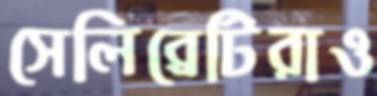
সেলিব্রেটিরাও